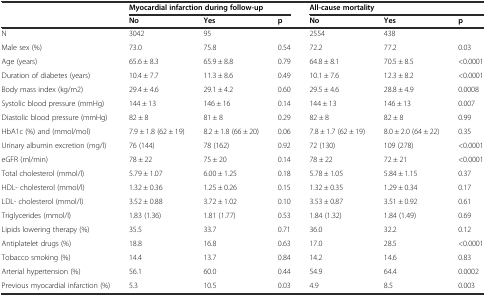
<table><thead><tr><td rowspan="2"></td><td colspan="3"><b>Myocardial infarction during follow-up</b></td><td colspan="3"><b>All-cause mortality</b></td></tr><tr><td><b>No</b></td><td><b>Yes</b></td><td><b>p</b></td><td><b>No</b></td><td><b>Yes</b></td><td><b>p</b></td></tr></thead><tbody><tr><td>N</td><td>3042</td><td>95</td><td></td><td>2554</td><td>438</td><td></td></tr><tr><td>Male sex (%)</td><td>73.0</td><td>75.8</td><td>0.54</td><td>72.2</td><td>77.2</td><td>0.03</td></tr><tr><td>Age (years)</td><td>65.6 ± 8.3</td><td>65.9 ± 8.8</td><td>0.79</td><td>64.8 ± 8.1</td><td>70.5 ± 8.5</td><td>&lt;0.0001</td></tr><tr><td>Duration of diabetes (years)</td><td>10.4 ± 7.7</td><td>11.3 ± 8.6</td><td>0.49</td><td>10.1 ± 7.6</td><td>12.3 ± 8.2</td><td>&lt;0.0001</td></tr><tr><td>Body mass index (kg/m2)</td><td>29.4 ± 4.6</td><td>29.1 ± 4.2</td><td>0.60</td><td>29.5 ± 4.6</td><td>28.8 ± 4.9</td><td>0.0008</td></tr><tr><td>Systolic blood pressure (mmHg)</td><td>144 ± 13</td><td>146 ± 16</td><td>0.14</td><td>144 ± 13</td><td>146 ± 13</td><td>0.007</td></tr><tr><td>Diastolic blood pressure (mmHg)</td><td>82 ± 8</td><td>81 ± 8</td><td>0.29</td><td>82 ± 8</td><td>82 ± 8</td><td>0.99</td></tr><tr><td>HbA1c (%) and (mmol/mol)</td><td>7.9 ± 1.8 (62 ± 19)</td><td>8.2 ± 1.8 (66 ± 20)</td><td>0.06</td><td>7.8 ± 1.7 (62 ± 19)</td><td>8.0 ± 2.0 (64 ± 22)</td><td>0.35</td></tr><tr><td>Urinary albumin excretion (mg/l)</td><td>76 (144)</td><td>78 (162)</td><td>0.92</td><td>72 (130)</td><td>109 (278)</td><td>&lt;0.0001</td></tr><tr><td>eGFR (ml/min)</td><td>78 ± 22</td><td>75 ± 20</td><td>0.14</td><td>78 ± 22</td><td>72 ± 21</td><td>&lt;0.0001</td></tr><tr><td>Total cholesterol (mmol/l)</td><td>5.79 ± 1.07</td><td>6.00 ± 1.25</td><td>0.18</td><td>5.78 ± 1.05</td><td>5.84 ± 1.15</td><td>0.37</td></tr><tr><td>HDL- cholesterol (mmol/l)</td><td>1.32 ± 0.36</td><td>1.25 ± 0.26</td><td>0.15</td><td>1.32 ± 0.35</td><td>1.29 ± 0.34</td><td>0.17</td></tr><tr><td>LDL- cholesterol (mmol/l)</td><td>3.52 ± 0.88</td><td>3.72 ± 1.02</td><td>0.10</td><td>3.53 ± 0.87</td><td>3.51 ± 0.92</td><td>0.61</td></tr><tr><td>Triglycerides (mmol/l)</td><td>1.83 (1.36)</td><td>1.81 (1.77)</td><td>0.53</td><td>1.84 (1.32)</td><td>1.84 (1.49)</td><td>0.69</td></tr><tr><td>Lipids lowering therapy (%)</td><td>35.5</td><td>33.7</td><td>0.71</td><td>36.0</td><td>32.2</td><td>0.12</td></tr><tr><td>Antiplatelet drugs (%)</td><td>18.8</td><td>16.8</td><td>0.63</td><td>17.0</td><td>28.5</td><td>&lt;0.0001</td></tr><tr><td>Tobacco smoking (%)</td><td>14.4</td><td>13.7</td><td>0.84</td><td>14.2</td><td>14.6</td><td>0.83</td></tr><tr><td>Arterial hypertension (%)</td><td>56.1</td><td>60.0</td><td>0.44</td><td>54.9</td><td>64.4</td><td>0.0002</td></tr><tr><td>Previous myocardial infarction (%)</td><td>5.3</td><td>10.5</td><td>0.03</td><td>4.9</td><td>8.5</td><td>0.003</td></tr></tbody></table>